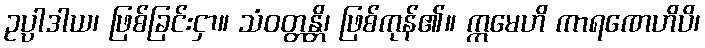
ဥပ္ပာဒါယ၊ ဖြစ်ခြင်းငှာ။ သံဝတ္တန္တိ၊ ဖြစ်ကုန်၏။ ဣမေဟိ ကာရဏေဟိပိ၊